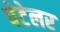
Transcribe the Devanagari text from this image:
पेटेलर